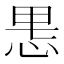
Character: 𫺄